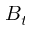
B _ { t }